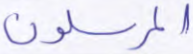
المرسلون